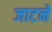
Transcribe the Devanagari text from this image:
जाटने